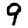
Digit: 9